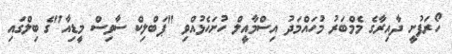
ހޯރަފުށީ ދާއިރާގެ މެމްބަރު މުހައްމަދު އިސްމާއީލް ހުށަހެޅުއްވި "ޕަބްލިކް ސާވިސް މީޑިއާ"ގެ ބިލްގައި